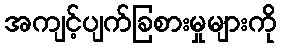
အကျင့်ပျက်ခြစားမှုများကို